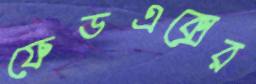
ফেডএক্সের